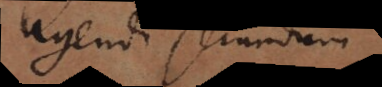
agendi secundum